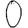
Digit: 0